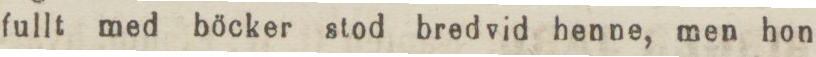
fullt med böcker stod bredvid henne, men hon